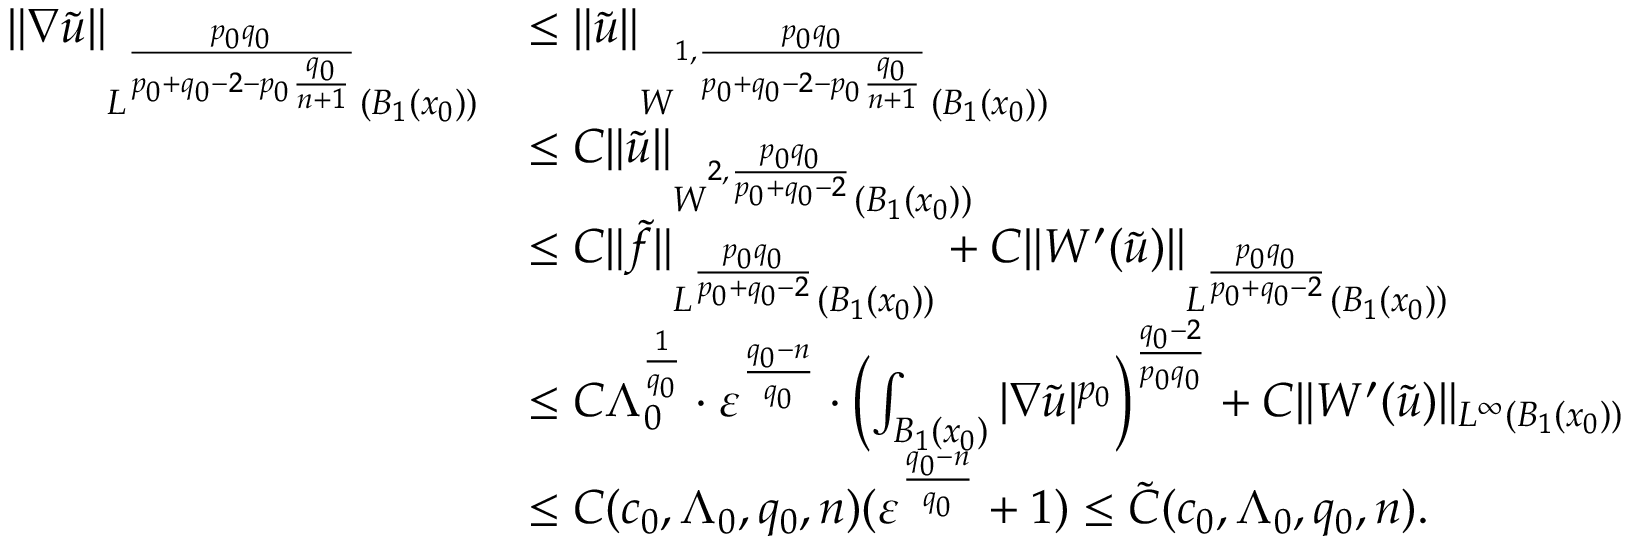
\begin{array} { r l } { \| \nabla \tilde { u } \| _ { L ^ { \frac { p _ { 0 } q _ { 0 } } { p _ { 0 } + q _ { 0 } - 2 - p _ { 0 } \frac { q _ { 0 } } { n + 1 } } } ( { B _ { 1 } ( x _ { 0 } ) } ) } } & { \leq \| \tilde { u } \| _ { W ^ { 1 , \frac { p _ { 0 } q _ { 0 } } { p _ { 0 } + q _ { 0 } - 2 - p _ { 0 } \frac { q _ { 0 } } { n + 1 } } } ( { B _ { 1 } ( x _ { 0 } ) } ) } } \\ & { \leq C \| \tilde { u } \| _ { W ^ { 2 , \frac { p _ { 0 } q _ { 0 } } { p _ { 0 } + q _ { 0 } - 2 } } ( B _ { 1 } ( x _ { 0 } ) ) } } \\ & { \leq C \| \tilde { f } \| _ { L ^ { \frac { p _ { 0 } q _ { 0 } } { p _ { 0 } + q _ { 0 } - 2 } } ( B _ { 1 } ( x _ { 0 } ) ) } + C \| W ^ { \prime } ( \tilde { u } ) \| _ { L ^ { \frac { p _ { 0 } q _ { 0 } } { p _ { 0 } + q _ { 0 } - 2 } } ( B _ { 1 } ( x _ { 0 } ) ) } } \\ & { \leq C \Lambda _ { 0 } ^ { \frac { 1 } { q _ { 0 } } } \cdot \varepsilon ^ { \frac { q _ { 0 } - n } { q _ { 0 } } } \cdot \left( \int _ { B _ { 1 } ( x _ { 0 } ) } | \nabla \tilde { u } | ^ { p _ { 0 } } \right) ^ { \frac { q _ { 0 } - 2 } { p _ { 0 } q _ { 0 } } } + C \| W ^ { \prime } ( \tilde { u } ) \| _ { L ^ { \infty } ( B _ { 1 } ( x _ { 0 } ) ) } } \\ & { \leq C ( c _ { 0 } , \Lambda _ { 0 } , q _ { 0 } , n ) ( \varepsilon ^ { \frac { q _ { 0 } - n } { q _ { 0 } } } + 1 ) \leq \tilde { C } ( c _ { 0 } , \Lambda _ { 0 } , q _ { 0 } , n ) . } \end{array}